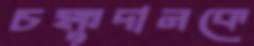
চক্ষুদানকে